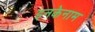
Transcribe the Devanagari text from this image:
इनकेनाम